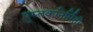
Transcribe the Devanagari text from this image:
पुस्तकनिर्मिती